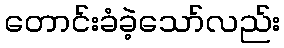
တောင်းခံခဲ့သော်လည်း